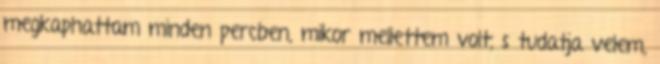
megkaphattam minden percben, mikor mellettem volt, s tudatja velem,